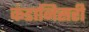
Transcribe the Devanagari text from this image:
कंडानिसरी